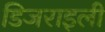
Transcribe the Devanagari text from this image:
डिजराइली